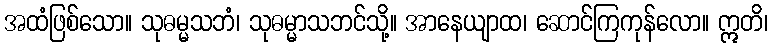
အထံဖြစ်သော။ သုဓမ္မသဘံ၊ သုဓမ္မာသဘင်သို့။ အာနေယျာထ၊ ဆောင်ကြကုန်လော။ ဣတိ၊